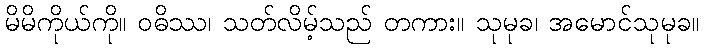
မိမိကိုယ်ကို။ ဝဓိဿ၊ သတ်လိမ့်သည် တကား။ သုမုခ၊ အမောင်သုမုခ။